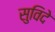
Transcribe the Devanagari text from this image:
सुविदे